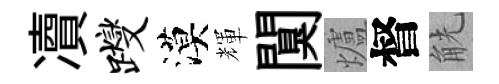
凟躞漠輝闃爐督觥